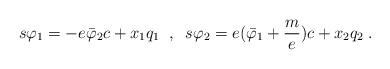
LaTeX: \begin{align*}s \varphi_1 =-e\bar \varphi _2 c + x_1 q_1 \; \; , \; \; s \varphi_2 = e (\bar \varphi _1 + \frac me)c+ x_2 q_2 \; .\end{align*}